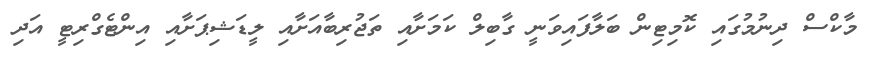
މާކްސް ދިނުމުގައި ކޮމިޓިން ބަލާފައިވަނީ ގާބިލް ކަމަށާއި ތަޖުރިބާއަށާއި ލީޑަޝިޕަށާއި އިންޓެގްރިޓީ އަދި